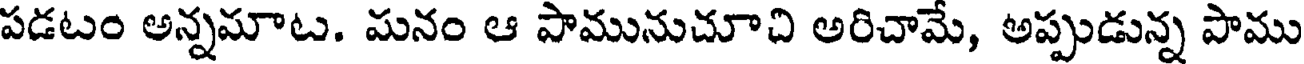
పడటం అన్నమాట. మనం ఆ పామునుచూచి అరిచామే, అప్పుడున్న పాము